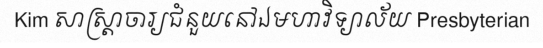
Kim សាស្ត្រាចារ្យជំនួយនៅឯមហាវិទ្យាល័យ Presbyterian